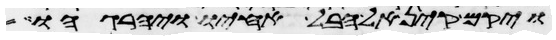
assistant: ויקם קין אל הבל אחיו ויהרגהו